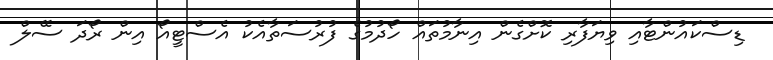
ޑިސްކައުންޓާއި ވިޔަފާރި ކޮށްގެން އިނާމުތައް ހޯދުމުގެ ފުރުސަތާއެކު އެސްޓީއޯ އިން ރޯދަ ސޭލް